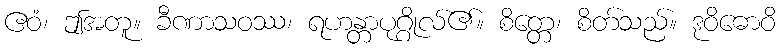
ဧဝံ၊ ဤအတူ။ ခီဏာသဝဿ၊ ရဟန္တာပုဂ္ဂိုလ်၏။ စိတ္တေ၊ စိတ်သည်။ ဒုဝိဓောဝိ